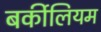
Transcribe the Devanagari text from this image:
बर्कीलियम